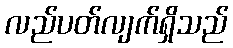
လည်ပတ်လျက်ရှိသည်